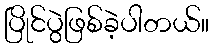
ပြိုင်ပွဲဖြစ်ခဲ့ပါတယ်။